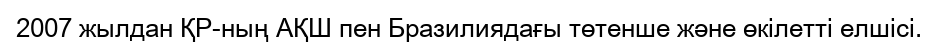
2007 жылдан ҚР-ның АҚШ пен Бразилиядағы төтенше және өкілетті елшісі.